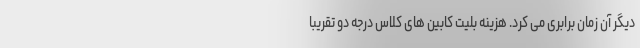
دیگر آن زمان برابری می کرد. هزینه بلیت کابین های کلاس درجه دو تقریبا